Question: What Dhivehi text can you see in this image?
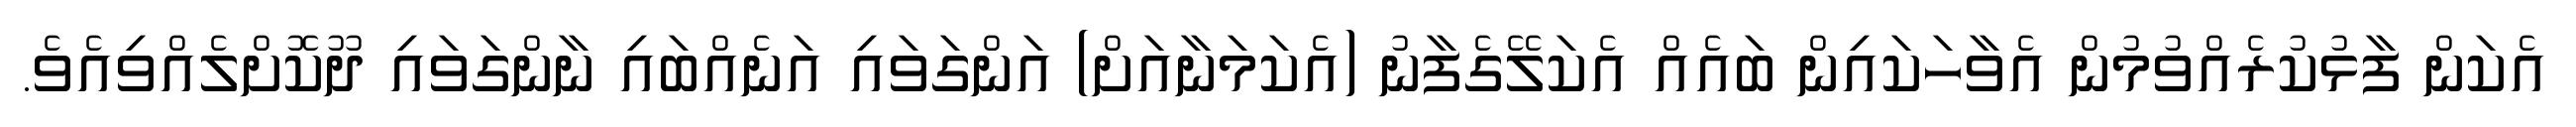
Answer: އެކަން ފާޅުކުރެއްވުމުން އެވާހަކައިން ބައެއް އެކަލޭގެފާނު (އެކަމަނާއަށް) އަންގަވައި އަނެއްބައި ނާންގަވައި ދޫކޮށްލެއްވިއެވެ.